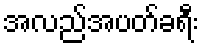
အလည်အပတ်ခရီး